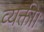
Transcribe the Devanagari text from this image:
व्यक्ती।